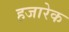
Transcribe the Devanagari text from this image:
हजारेक